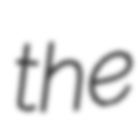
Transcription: the